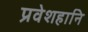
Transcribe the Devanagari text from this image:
प्रवेशहानि